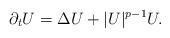
LaTeX: \begin{align*}\partial_t U = \Delta U + |U|^{p-1}U.\end{align*}